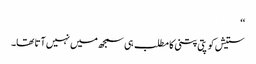
‘‘
ستیش کو پتی پتنی کا مطلب ہی سمجھ میں نہیں آتا تھا۔